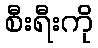
စီးရီးကို